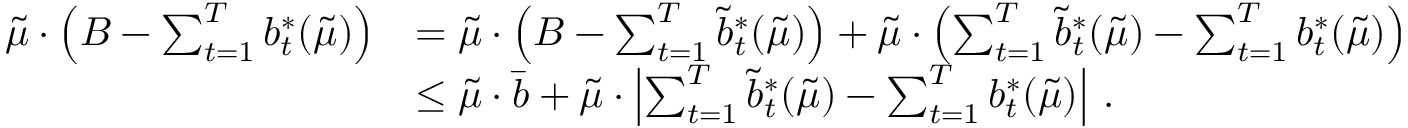
\begin{array} { r l } { \tilde { \mu } \cdot \left( B - \sum _ { t = 1 } ^ { T } b _ { t } ^ { * } ( \tilde { \mu } ) \right) } & { = \tilde { \mu } \cdot \left( B - \sum _ { t = 1 } ^ { T } \tilde { b } _ { t } ^ { * } ( \tilde { \mu } ) \right) + \tilde { \mu } \cdot \left( \sum _ { t = 1 } ^ { T } \tilde { b } _ { t } ^ { * } ( \tilde { \mu } ) - \sum _ { t = 1 } ^ { T } b _ { t } ^ { * } ( \tilde { \mu } ) \right) } \\ & { \leq \tilde { \mu } \cdot \bar { b } + \tilde { \mu } \cdot \left| \sum _ { t = 1 } ^ { T } \tilde { b } _ { t } ^ { * } ( \tilde { \mu } ) - \sum _ { t = 1 } ^ { T } b _ { t } ^ { * } ( \tilde { \mu } ) \right| \, . } \end{array}